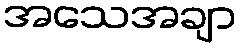
အသေအချာ